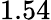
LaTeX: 1.54